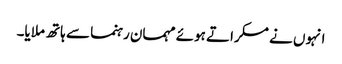
انہوں نے مسکراتے ہوئے مہمان رہنما سے ہاتھ ملایا۔